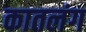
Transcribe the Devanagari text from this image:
कातलंग